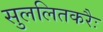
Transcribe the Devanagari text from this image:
सुललितकरैः